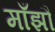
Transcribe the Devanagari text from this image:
माँझौ